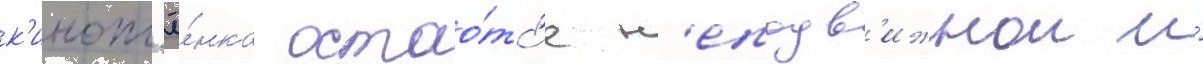
к'инопл'ё́нка остао́тс'я н'еподв'ижнои и́